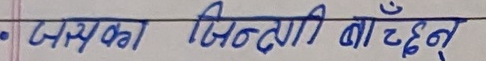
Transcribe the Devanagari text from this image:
जसका जिन्ता बा छँन्